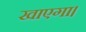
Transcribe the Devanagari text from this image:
खाएगा।